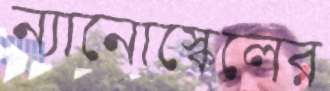
ন্যানোস্কেলের